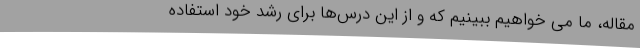
مقاله، ما می خواهیم ببینیم که و از این درس‌ها برای رشد خود استفاده